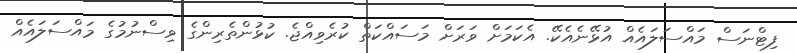
ފިޓްނަސް މައްސަލައެއް އުޅޭނެއެކޭ. އެކަމަށް ވަރަށް މަސައްކަތް ކުރެވިއްޖެ. ކުޅުންތެރިންގެ ވިސްނުމުގެ މައްސަލައެއް